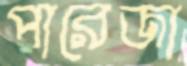
পারেজা